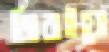
জিরাইয়ো